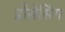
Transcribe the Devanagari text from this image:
प्रौसेसिंग